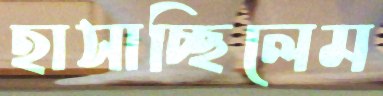
হাসাচ্ছিলেম